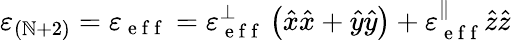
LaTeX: \varepsilon_{(\mathbb{N}+2)}=\varepsilon_{\mathrm{{~e~f~f~}}}=\varepsilon_{\mathrm{{~e~f~f~}}}^{\perp}\left(\hat{{x}}\hat{{x}}+\hat{{y}}\hat{{y}}\right)+\varepsilon_{\mathrm{{~e~f~f~}}}^{\parallel}\hat{{z}}\hat{{z}}